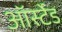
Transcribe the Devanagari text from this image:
ऑर्स्टेड